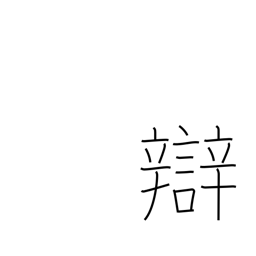
Meaning: dialect